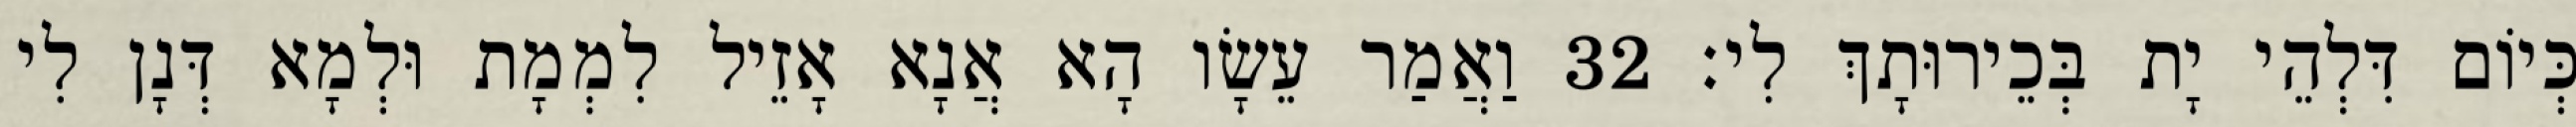
כְּיוֹם דִּלְהֵי יָת בְּכֵירוּתָךְ לִי׃ 32 וַאֲמַר עֵשָׂו הָא אֲנָא אָזֵיל לִמְמָת וּלְמָא דְּנָן לִי